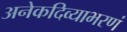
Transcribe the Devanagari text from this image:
अनेकदिव्याभरणं